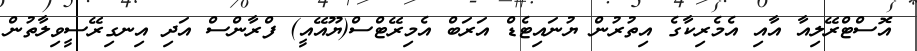
އޮސްޓްރޭލިއާ އާއި އެމެރިކާގެ އިތުރުން ޔުނައިޓެޑް އަރަބް އެމިރޭޓްސް(ޔޫއޭއީ) ފްރާންސް އަދި އިނގިރޭސީވިލާތުން